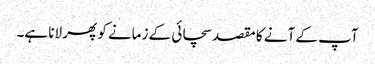
آپ کے آنے کا مقصد سچائی کے زمانے کو پھر لانا ہے۔